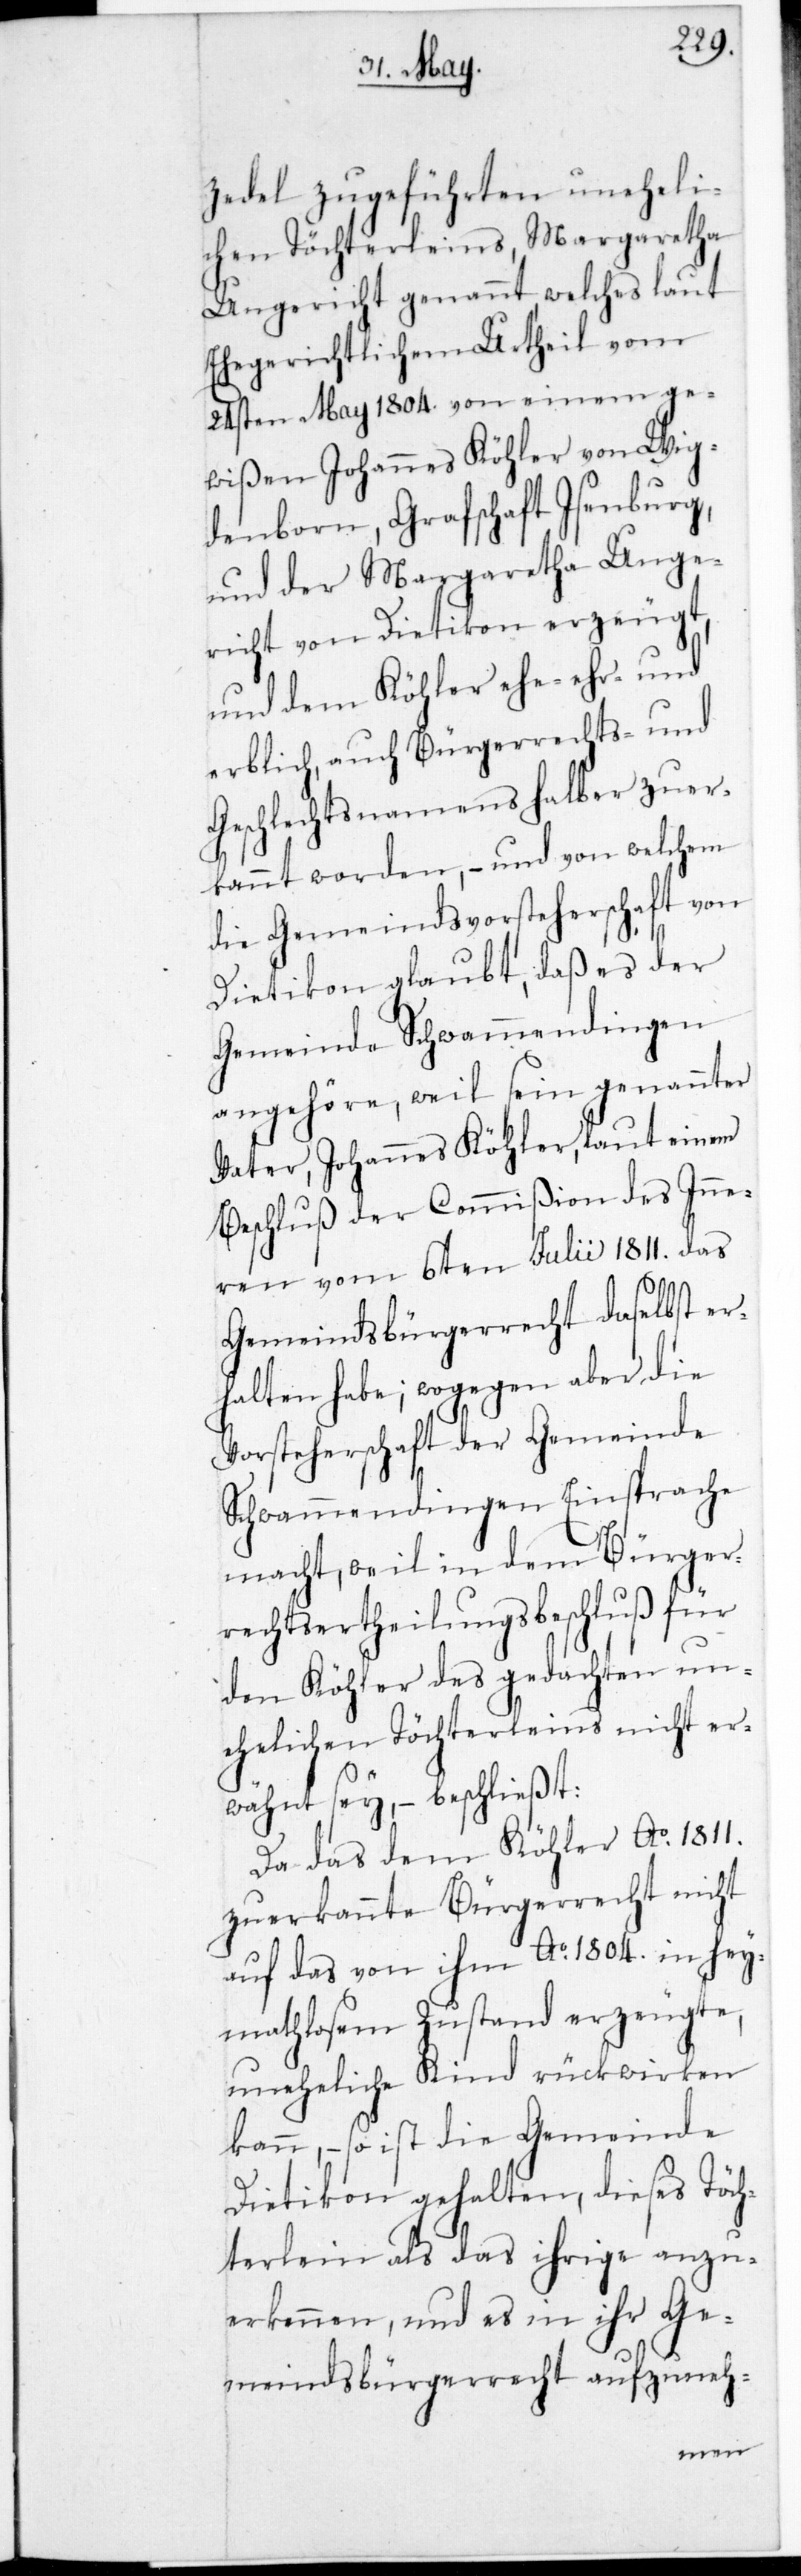
zedel zugeführten uneheli¬
chen Töchterleins, Margaretha
Ungericht genannt, welches laut
ehegerichtlichem Urtheil vom
24sten May 1804. von einem ge¬
wißen Johannes Köhler von Wig¬
denborn, Grafschaft Isenburg,
und der Margaretha Unge¬
richt von Dietikon erzeugt,
und dem Köhler ehe-, ehr- und
erblich, auch Bürgerrechts- und
Geschlechtsnamens halber zuer¬
kannt worden, – und von welchem
die Gemeindvorsteherschaft von
Dietikon glaubt, daß es der
Gemeinde Schwammendingen
angehöre, weil sein genannter
Vater, Johannes Köhler, laut einem
Beschluß der Commißion des Inne¬
ren vom 6ten Julii 1811. das
Gemeindsbürgerrecht daselbst er¬
halten habe; wogegen aber die
Vorsteherschaft der Gemeinde
Schwammendingen Einsprache
macht, weil in dem Bürger¬
rechts-Ertheilungs-Beschluß für
den Köhler des gedachten un¬
ehelichen Töchterleins nicht er¬
wähnt sey, – beschließt:
Da das dem Köhler Ao. 1811.
zuerkannte Bürgerrecht nicht
auf das von ihm Ao. 1804. in Hey¬
mathlosem Zustand erzeugte,
uneheliche Kind rückwirken
kann, – so ist die Gemeinde
Dietikon gehalten, dieses Töch¬
terlein als das Ihrige anzu¬
erkennen, und es in ihr Ge¬
meindsbürgerrecht aufzuneh-